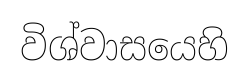
විශ්වාසයෙහි